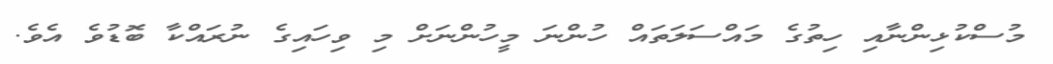
މުސްކުޅިންނާއި ހިތުގެ މައްސަލަތައް ހުންނަ މީހުންނަށް މި ވިހައިގެ ނުރައްކާ ބޮޑުވެ އެވެ.